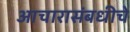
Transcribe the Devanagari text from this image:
आचारासंबधीचे